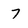
Character: 7